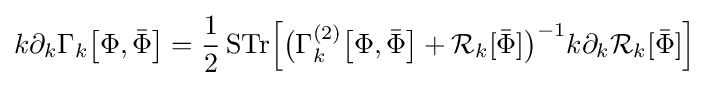
k\partial _{k}\Gamma _{k}{\big [}\Phi ,{\bar {\Phi }}{\big ]}={\frac {1}{2}}\,{\mbox{STr}}{\Big [}{\big (}\Gamma _{k}^{(2)}{\big [}\Phi ,{\bar {\Phi }}{\big ]}+{\mathcal {R}}_{k}[{\bar {\Phi }}]{\big )}^{-1}k\partial _{k}{\mathcal {R}}_{k}[{\bar {\Phi }}]{\Big ]}